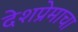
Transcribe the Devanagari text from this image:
देशप्रेमाचा